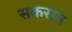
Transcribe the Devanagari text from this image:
सकरात